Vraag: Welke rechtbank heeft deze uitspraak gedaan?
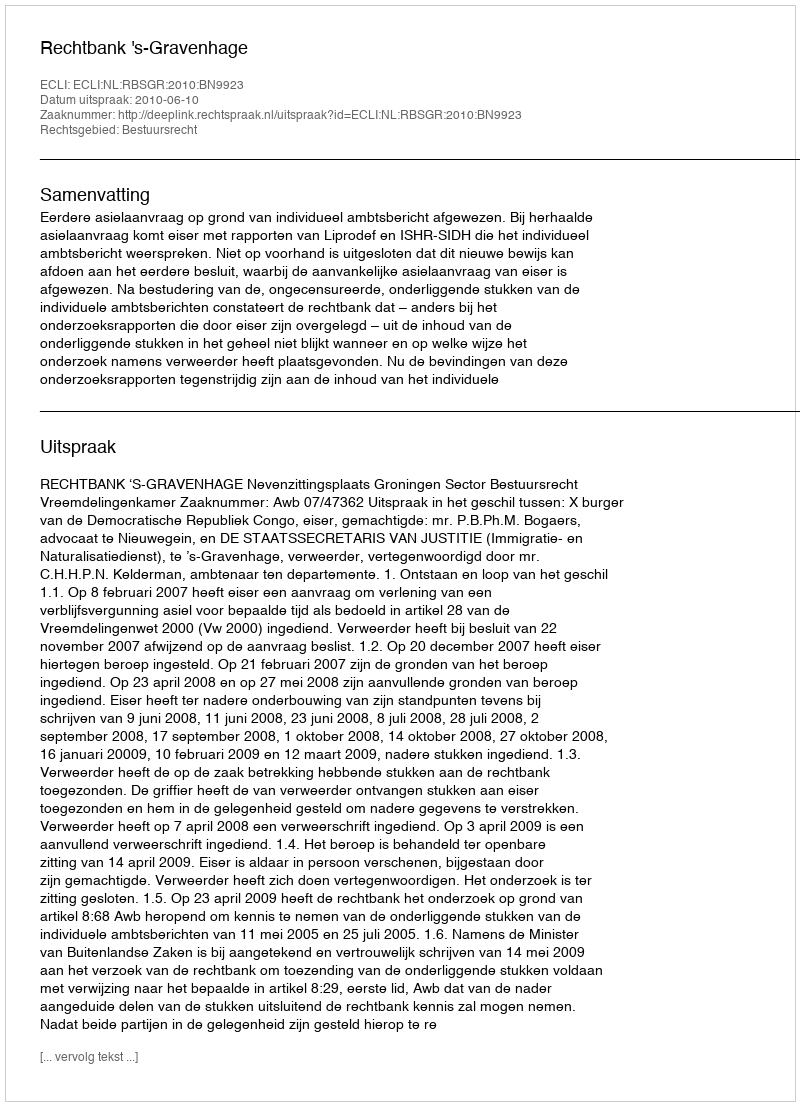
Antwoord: Rechtbank 's-Gravenhage